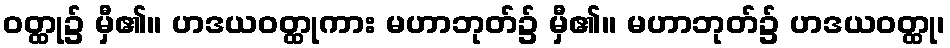
ဝတ္ထု၌ မှီ၏။ ဟဒယဝတ္ထုကား မဟာဘုတ်၌ မှီ၏။ မဟာဘုတ်၌ ဟဒယဝတ္ထု၊